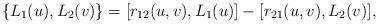
LaTeX: \begin{align*}\{L_{1}(u), L_{2}(v)\}=[r_{12}(u,v),L_{1}(u)]-[r_{21}(u,v), L_{2}(v)], \end{align*}